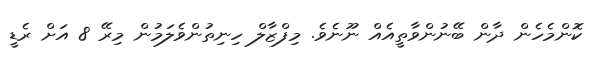
ކޮންމެހެން ދާން ބޭނުންވާތީއެއް ނޫނެވެ. މިފްޒާލް ހިނިތުންވެލަމުން މިރޭ 8 އަށް ރެޑީ